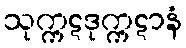
သုက္ကဋဒုက္ကဋာနံ